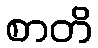
စာတိ